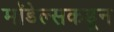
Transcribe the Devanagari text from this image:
मॉडेल्सकडून